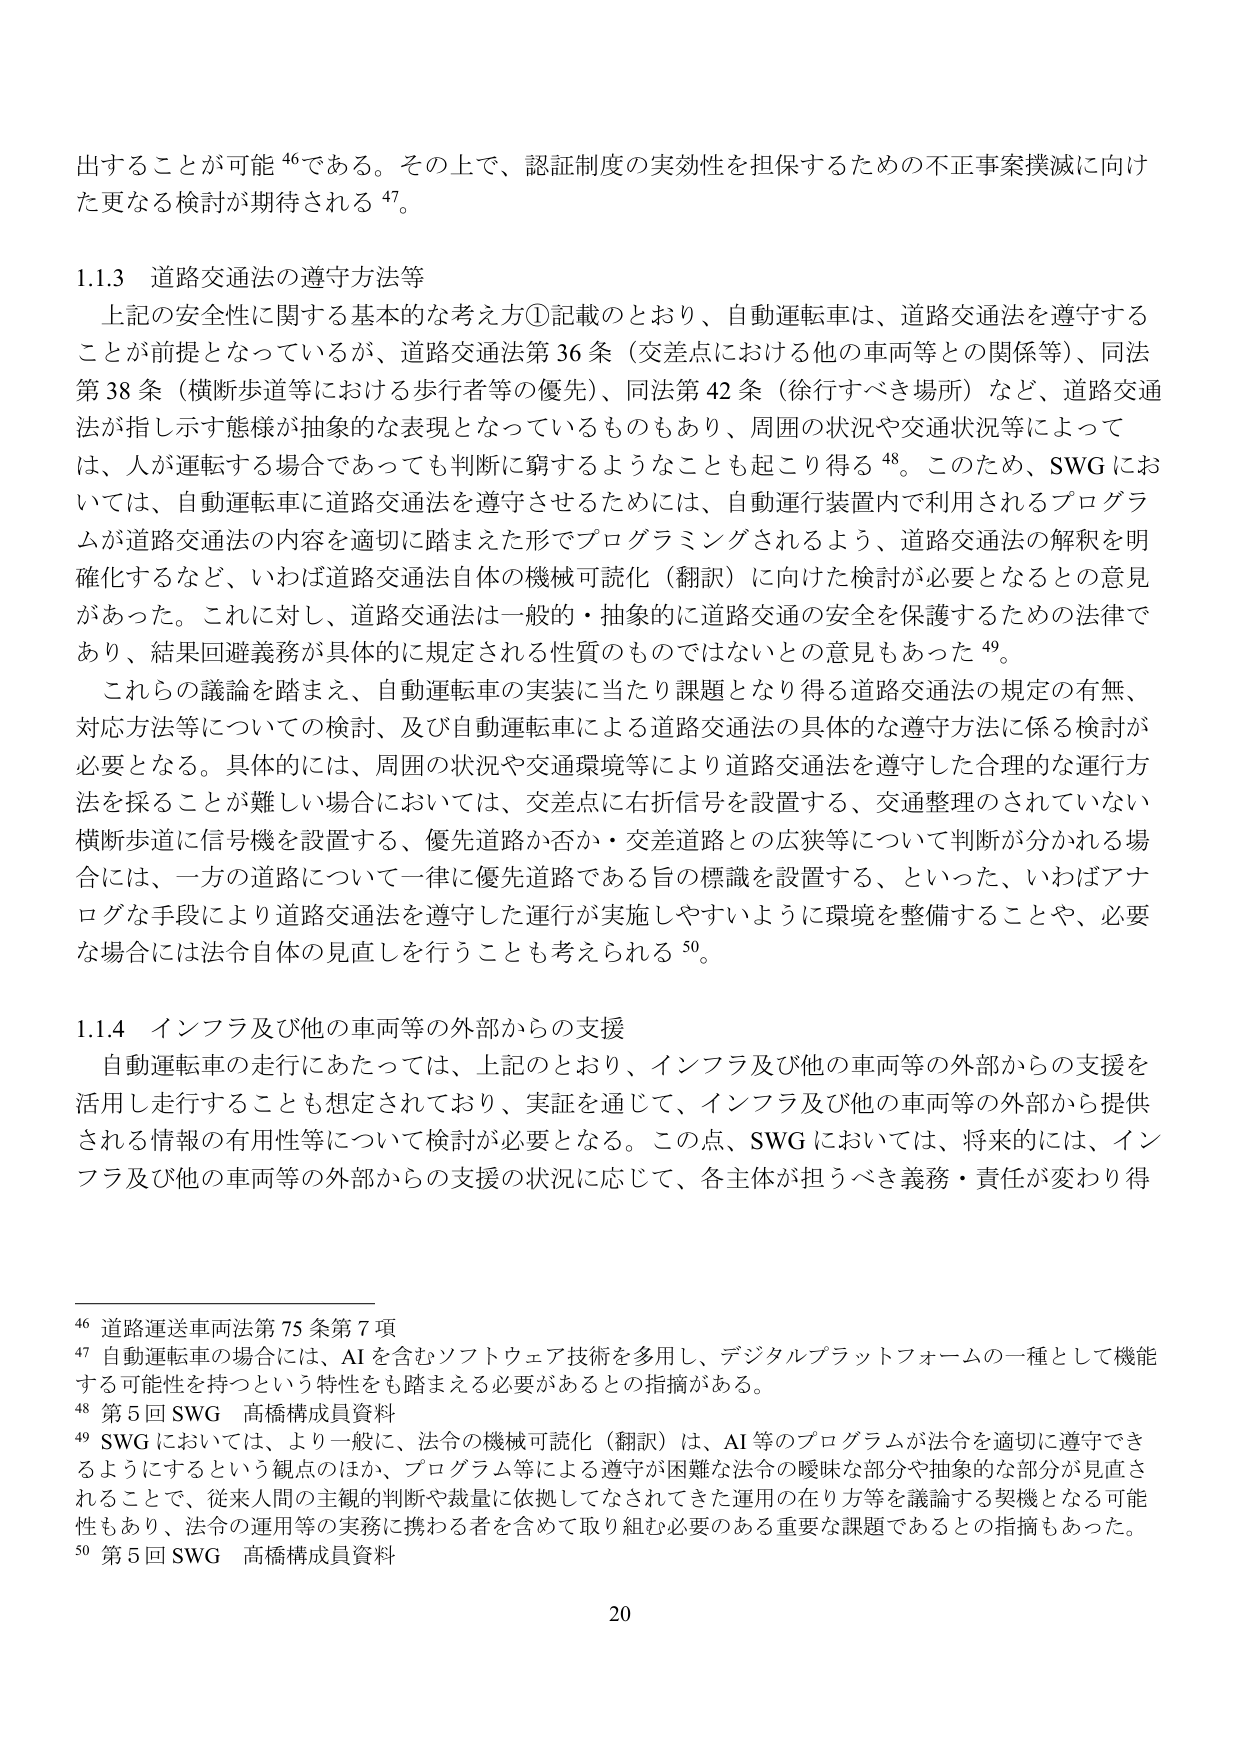
出することが可能⁴⁶である。その上で、認証制度の実効性を担保するための不正事案撲滅に向けた更なる検討が期待される⁴⁷。

1.1.3 道路交通法の遵守方法等

上記の安全性に関する基本的な考え方①記載のとおり、自動運転車は、道路交通法を遵守することが前提となっているが、道路交通法第36条（交差点における他の車両等との関係等）、同法第38条（横断歩道等における歩行者等の優先）、同法第42条（徐行すべき場所）など、道路交通法が指し示す態様が抽象的な表現となっているものもあり、周囲の状況や交通状況等によっては、人が運転する場合であっても判断に窮するようなことも起こり得る⁴⁸。このため、SWGにおいては、自動運転車に道路交通法を遵守させるためには、自動運行装置内で利用されるプログラムが道路交通法の内容を適切に踏まえた形でプログラミングされるよう、道路交通法の解釈を明確化するなど、いわば道路交通法自体の機械可読化（翻訳）に向けた検討が必要となるとの意見があった。これに対し、道路交通法は一般的・抽象的に道路交通の安全を保護するための法律であり、結果回避義務が具体的に規定される性質のものではないとの意見もあった⁴⁹。

これらの議論を踏まえ、自動運転車の実装に当たり課題となり得る道路交通法の規定の有無、対応方法等についての検討、及び自動運転車による道路交通法の具体的な遵守方法に係る検討が必要となる。具体的には、周囲の状況や交通環境等により道路交通法を遵守した合理的な運行方法を採ることが難しい場合においては、交差点に右折信号を設置する、交通整理のされていない横断歩道に信号機を設置する、優先道路か否か・交差道路との広狭等について判断が分かる場合には、一方の道路について一律に優先道路である旨の標識を設置する、といった、いわばアナログな手段により道路交通法を遵守した運行が実施しやすいように環境を整備することや、必要な場合には法令自体の見直しを行うことも考えられる⁵⁰。

1.1.4 インフラ及び他の車両等の外部からの支援

自動運転車の走行にあたっては、上記のとおり、インフラ及び他の車両等の外部からの支援を活用し走行することも想定されており、実証を通じて、インフラ及び他の車両等の外部から提供される情報の有用性等について検討が必要となる。この点、SWGにおいては、将来的には、インフラ及び他の車両等の外部からの支援の状況に応じて、各主体が担うべき義務・責任が変わり得

⁴⁶ 道路運送車両法第75条第7項
⁴⁷ 自動運転車の場合には、AIを含むソフトウェア技術を多用し、デジタルプラットフォームの一種として機能する可能性を持つという特性をも踏まえる必要があるとの指摘がある。
⁴⁸ 第5回SWG 髙橋構成員資料
⁴⁹ SWGにおいては、より一般に、法令の機械可読化（翻訳）は、AI等のプログラムが法令を適切に遵守できるようにするという観点のほか、プログラム等による遵守が困難な法令の曖昧な部分や抽象的な部分が見直されることで、従来人間の主観的判断や裁量に依拠してなされてきた運用の在り方等を議論する契機となる可能性もあり、法令の運用等の実務に携わる者を含めて取り組む必要のある重要な課題であるとの指摘もあった。
⁵⁰ 第5回SWG 髙橋構成員資料

20